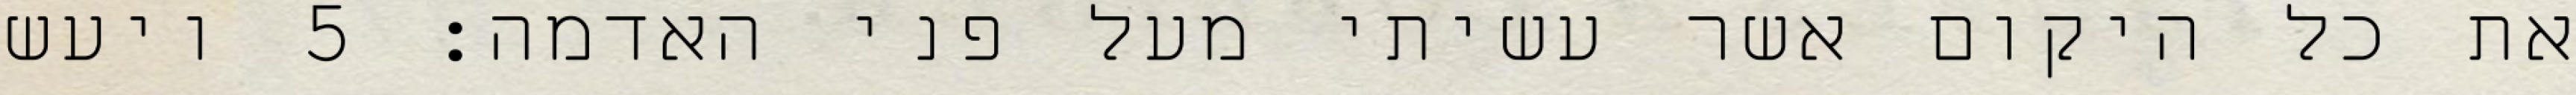
את כל היקום אשר עשיתי מעל פני האדמה׃ ‎5‏ ויעש